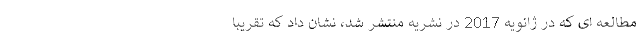
مطالعه ای که در ژانویه 2017 در نشریه منتشر شد، نشان داد که تقریبا